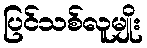
ပြင်သစ်လူမျိုး